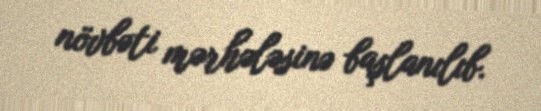
növbəti mərhələsinə başlanılıb.